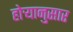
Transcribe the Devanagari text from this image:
होर्‍यानुसार